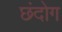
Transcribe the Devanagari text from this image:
छंदोग